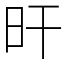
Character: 旰